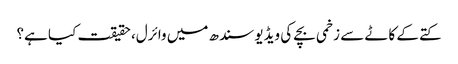
کتے کے کاٹے سے زخمی بچے کی ویڈیو سندھ میں وائرل، حقیقت کیا ہے؟